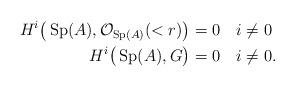
LaTeX: \begin{align*} H^i \big( \operatorname{Sp} (A) , \mathcal{O}_{\operatorname{Sp} (A)} (<r) \big) &= 0 \enspace \enspace i \neq 0 \enspace \\ H^i \big( \operatorname{Sp} (A) , G \big) &= 0 \enspace \enspace i \neq 0. \end{align*}